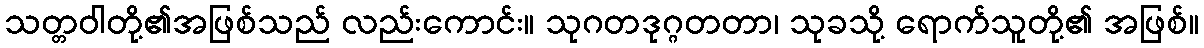
သတ္တဝါတို့၏အဖြစ်သည် လည်းကောင်း။ သုဂတဒုဂ္ဂတတာ၊ သုခသို့ ရောက်သူတို့၏ အဖြစ်။